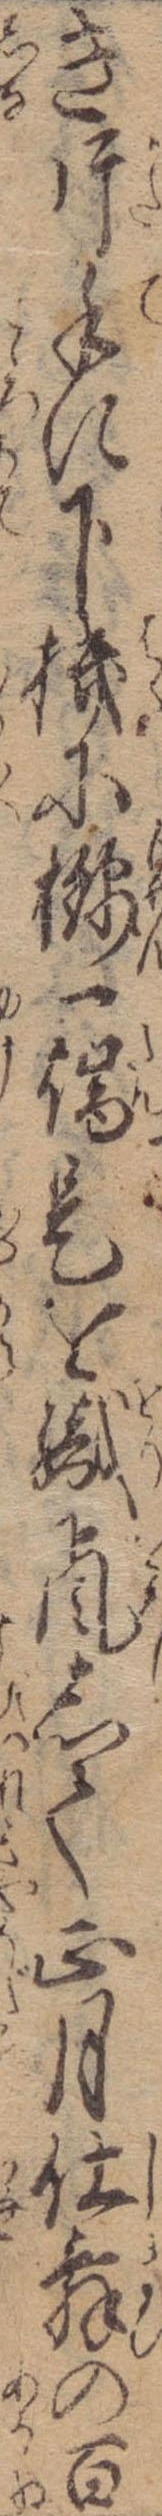
き片手に下機に一端是を織颪して正月仕舞の百